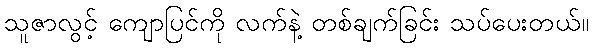
သူဇာလွင့် ကျောပြင်ကို လက်နဲ့ တစ်ချက်ခြင်း သပ်ပေးတယ်။